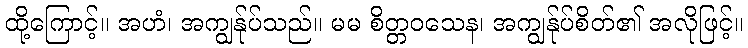
ထို့ကြောင့်။ အဟံ၊ အကျွန်ုပ်သည်။ မမ စိတ္တဝသေန၊ အကျွန်ုပ်စိတ်၏ အလိုဖြင့်။